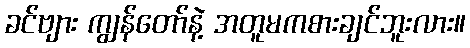
ခင်ဗျား ကျွန်တော်နဲ့ အတူမကစားချင်ဘူးလား။